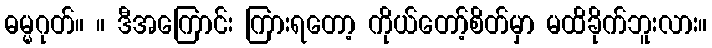
ဓမ္မဂုတ်။ ။ ဒီအကြောင်း ကြားရတော့ ကိုယ်တော့်စိတ်မှာ မထိခိုက်ဘူးလား။